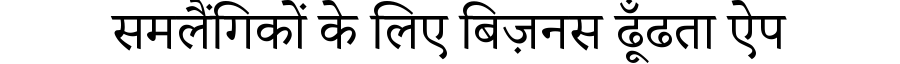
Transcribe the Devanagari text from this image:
समलैंगिकों के लिए बिज़नस ढूँढता ऐप